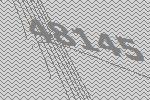
48145